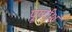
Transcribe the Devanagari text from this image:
पूर्णाश